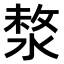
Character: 𣸗